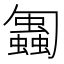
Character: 𠤋